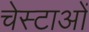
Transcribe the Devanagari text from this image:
चेस्टाओं